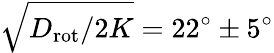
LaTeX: \sqrt{D_{\mathrm{rot}}/2K}=22^{\circ}\pm 5^{\circ}